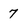
Character: 7